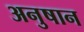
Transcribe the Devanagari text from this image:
अनुषान